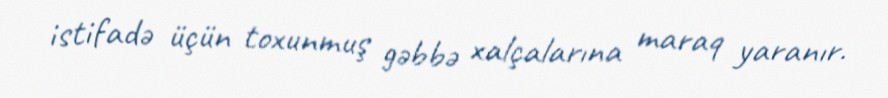
istifadə üçün toxunmuş gəbbə xalçalarına maraq yaranır.